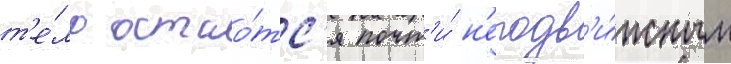
т'е́ло остао́тс'я почт'и́ н'еподв'и́жным